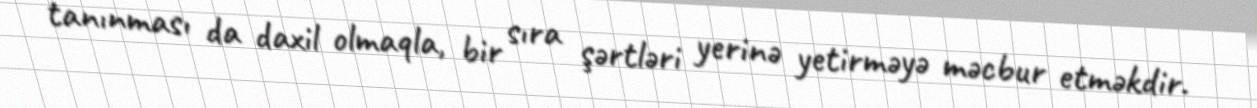
tanınması da daxil olmaqla, bir sıra şərtləri yerinə yetirməyə məcbur etməkdir.